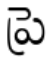
ప్రె